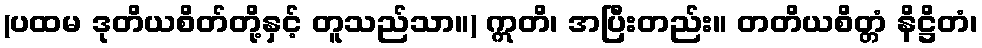
(ပထမ ဒုတိယစိတ်တို့နှင့် တူသည်သာ။) ဣတိ၊ အပြီးတည်း။ တတိယစိတ္တံ နိဋ္ဌိတံ၊